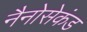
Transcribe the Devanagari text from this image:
नैनोसेकंड